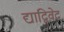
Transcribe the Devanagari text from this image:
द्याद्विवेद